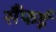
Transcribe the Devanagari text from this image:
सैंफई